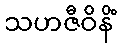
သဟဇီဝိနိံ